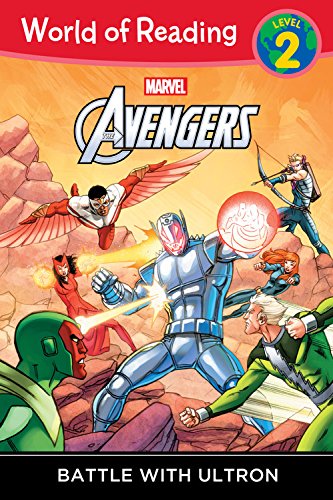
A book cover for World of Reading: Avengers Battle With Ultron: Level 2; Marvel Book Group; Children's Books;